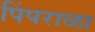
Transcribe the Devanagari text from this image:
पिंपराळा